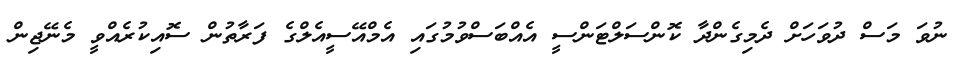
ނުވަ މަސް ދުވަހަށް ދެމިގެންދާ ކޮންސަލްޓަންސީ އެއްބަސްވުމުގައި އެމްއޭސީއެލްގެ ފަރާތުން ސޮއިކުރެއްވީ މެނޭޖިން